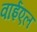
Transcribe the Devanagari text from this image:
वाईएल